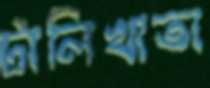
টালিখাতা